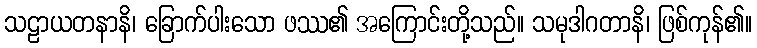
သဠာယတနာနိ၊ ခြောက်ပါးသော ဖဿ၏ အကြောင်းတို့သည်။ သမုဒါဂတာနိ၊ ဖြစ်ကုန်၏။